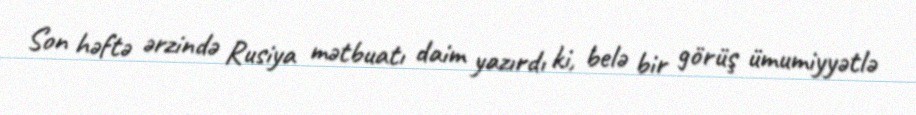
Son həftə ərzində Rusiya mətbuatı daim yazırdı ki, belə bir görüş ümumiyyətlə